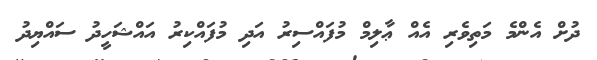
ދުށް އެންމެ މަތިވެރި އެއް ޢާލިމް މުފައްސިރު އަދި މުފައްކިރު އައްޝަހީދު ސައްޔިދު